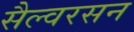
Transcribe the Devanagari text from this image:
सैल्वरसन